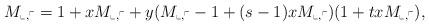
LaTeX: \begin{align*}M_{\llcorner,\ulcorner}=1+xM_{\llcorner,\ulcorner}+y(M_{\llcorner,\ulcorner}-1+(s-1)xM_{\llcorner,\ulcorner})(1+txM_{\llcorner,\ulcorner}),\end{align*}